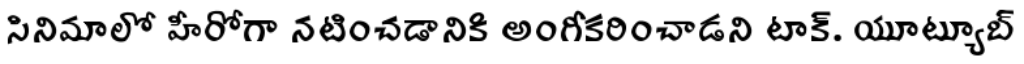
సినిమాలో హీరోగా నటించడానికి అంగీకరించాడని టాక్. యూట్యూబ్